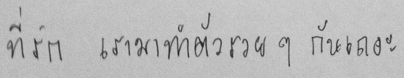
ที่รัก เรามาทำตัวรวยๆ กันเถอะ